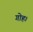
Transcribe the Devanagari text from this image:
गोह।